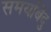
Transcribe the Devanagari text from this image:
समयबिंदु